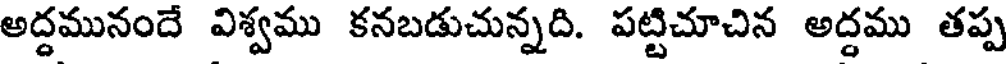
అద్దమునందే విశ్వము కనబడుచున్నది. పట్టిచూచిన అద్దము తప్ప